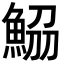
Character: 𩷂